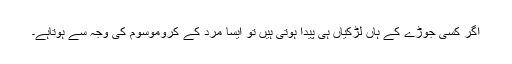
اگر کسی جوڑے کے ہاں لڑکیاں ہی پیدا ہوتی ہیں تو ایسا مرد کے کروموسوم کی وجہ سے ہوتاہے۔